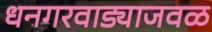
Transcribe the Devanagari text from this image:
धनगरवाड्याजवळ